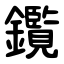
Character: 鑬